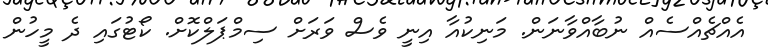
އެއްޗެއްސެއް ނުބާއްވާނަން. މަނިކުއާ އިނީ ވެސް ވަރަށް ސިމްޕަލްކޮށް. ކޯޓުގައި ދެ މީހުން